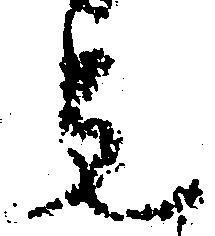
先